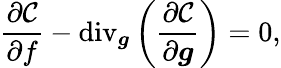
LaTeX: \frac{\partial\mathcal{C}}{\partial f}-\textrm{div}_{\boldsymbol{g}}\left(\frac{\partial\mathcal{C}}{\partial\boldsymbol{g}}\right)=0,